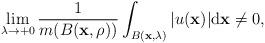
LaTeX: \begin{align*}\lim_{\lambda \to +0}\frac{1}{m(B(\mathbf x,\rho))}\int_{B(\mathbf x,\lambda )}\vert u(\mathbf x)\vert\mathrm d\mathbf x\not=0,\end{align*}